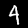
Digit: 4